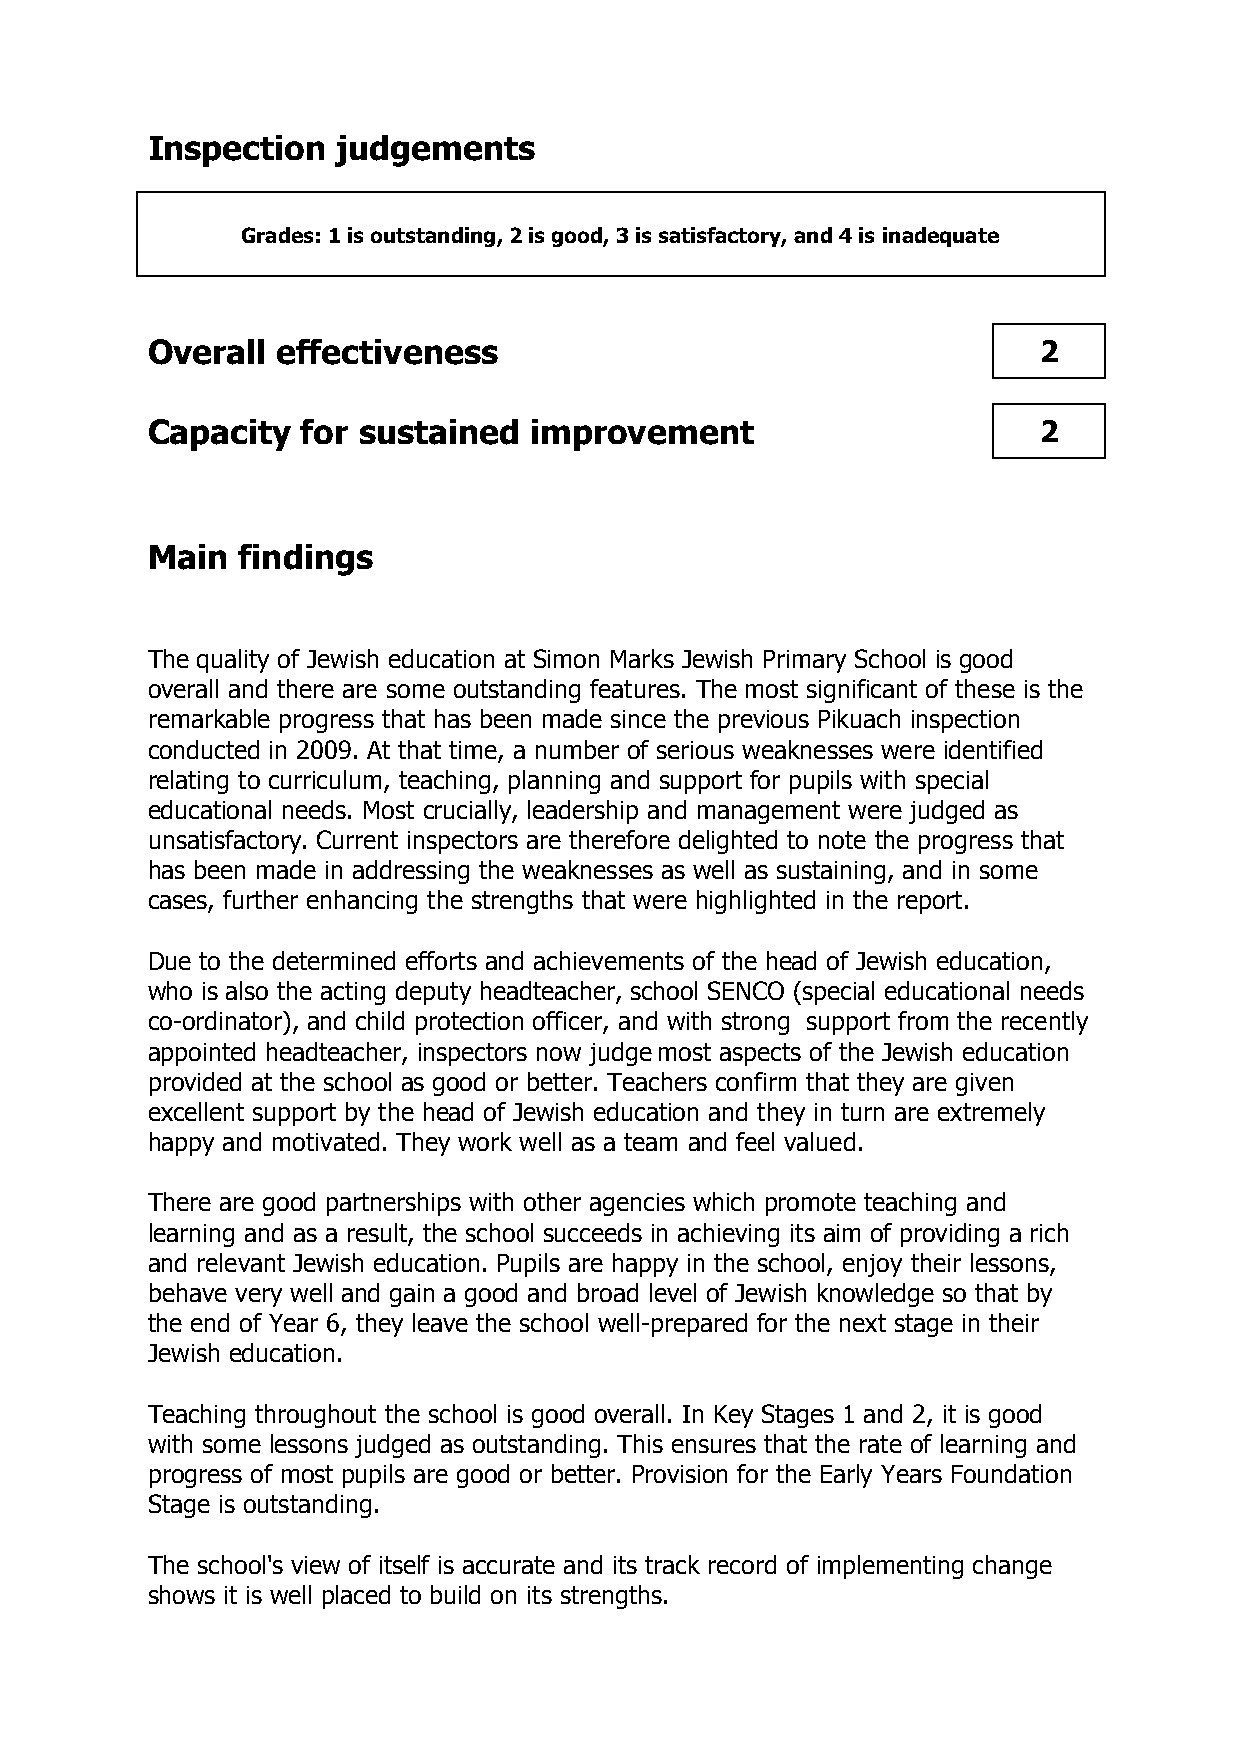
Inspection  judgements
 Grades: 1 is outstanding, 2 is good, 3 is satisfactory, and 4 is inadequate
 Overall effectiveness                                      2
 Capacity  for sustained  improvement                       2
 Main  findings
 The quality of Jewish education at Simon Marks Jewish Primary School is good
 overall and there are some outstanding features. The most significant of these is the
 remarkable progress that has been made since the previous Pikuach inspection
 conducted in 2009. At that time, a number of serious weaknesses were identified
 relating to curriculum, teaching, planning and support for pupils with special
 educational needs. Most crucially, leadership and management were judged as
 unsatisfactory. Current inspectors are therefore delighted to note the progress that
 has been made in addressing the weaknesses as well as sustaining, and in some
 cases, further enhancing the strengths that were highlighted in the report.
 Due to the determined efforts and achievements of the head of Jewish education,
 who is also the acting deputy headteacher, school SENCO (special educational needs
 co-ordinator), and child protection officer, and with strong support from the recently
 appointed headteacher, inspectors now judge most aspects of the Jewish education
 provided at the school as good or better. Teachers confirm that they are given
 excellent support by the head of Jewish education and they in turn are extremely
 happy and motivated. They work well as a team and feel valued.
 There are good partnerships with other agencies which promote teaching and
 learning and as a result, the school succeeds in achieving its aim of providing a rich
 and relevant Jewish education. Pupils are happy in the school, enjoy their lessons,
 behave very well and gain a good and broad level of Jewish knowledge so that by
 the end of Year 6, they leave the school well-prepared for the next stage in their
 Jewish education.
 Teaching throughout the school is good overall. In Key Stages 1 and 2, it is good
 with some lessons judged as outstanding. This ensures that the rate of learning and
 progress of most pupils are good or better. Provision for the Early Years Foundation
 Stage is outstanding.
 The school's view of itself is accurate and its track record of implementing change
 shows it is well placed to build on its strengths.